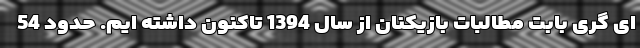
ای گری بابت مطالبات بازیکنان از سال 1394 تاکنون داشته ایم. حدود 54